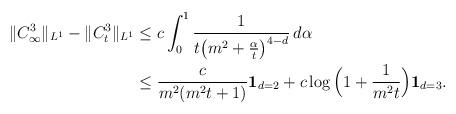
LaTeX: \begin{align*}\|C^3_\infty\|_{L^1} - \|C^3_t\|_{L^1} &\leq c\int_0^1 \frac{1}{t\big(m^2 +\frac{\alpha}{t}\big)^{4-d}}\, d\alpha \\&\leq \frac{c}{m^2(m^2t+1)} {\bf 1}_{d=2} + c\log\Big(1+\frac{1}{m^2t}\Big){\bf 1}_{d=3}.\end{align*}